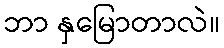
ဘာ နှမြောတာလဲ။